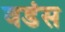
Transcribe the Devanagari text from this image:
वडंस